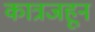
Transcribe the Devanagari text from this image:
कात्रजहून